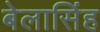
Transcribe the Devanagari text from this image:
बेलासिंह